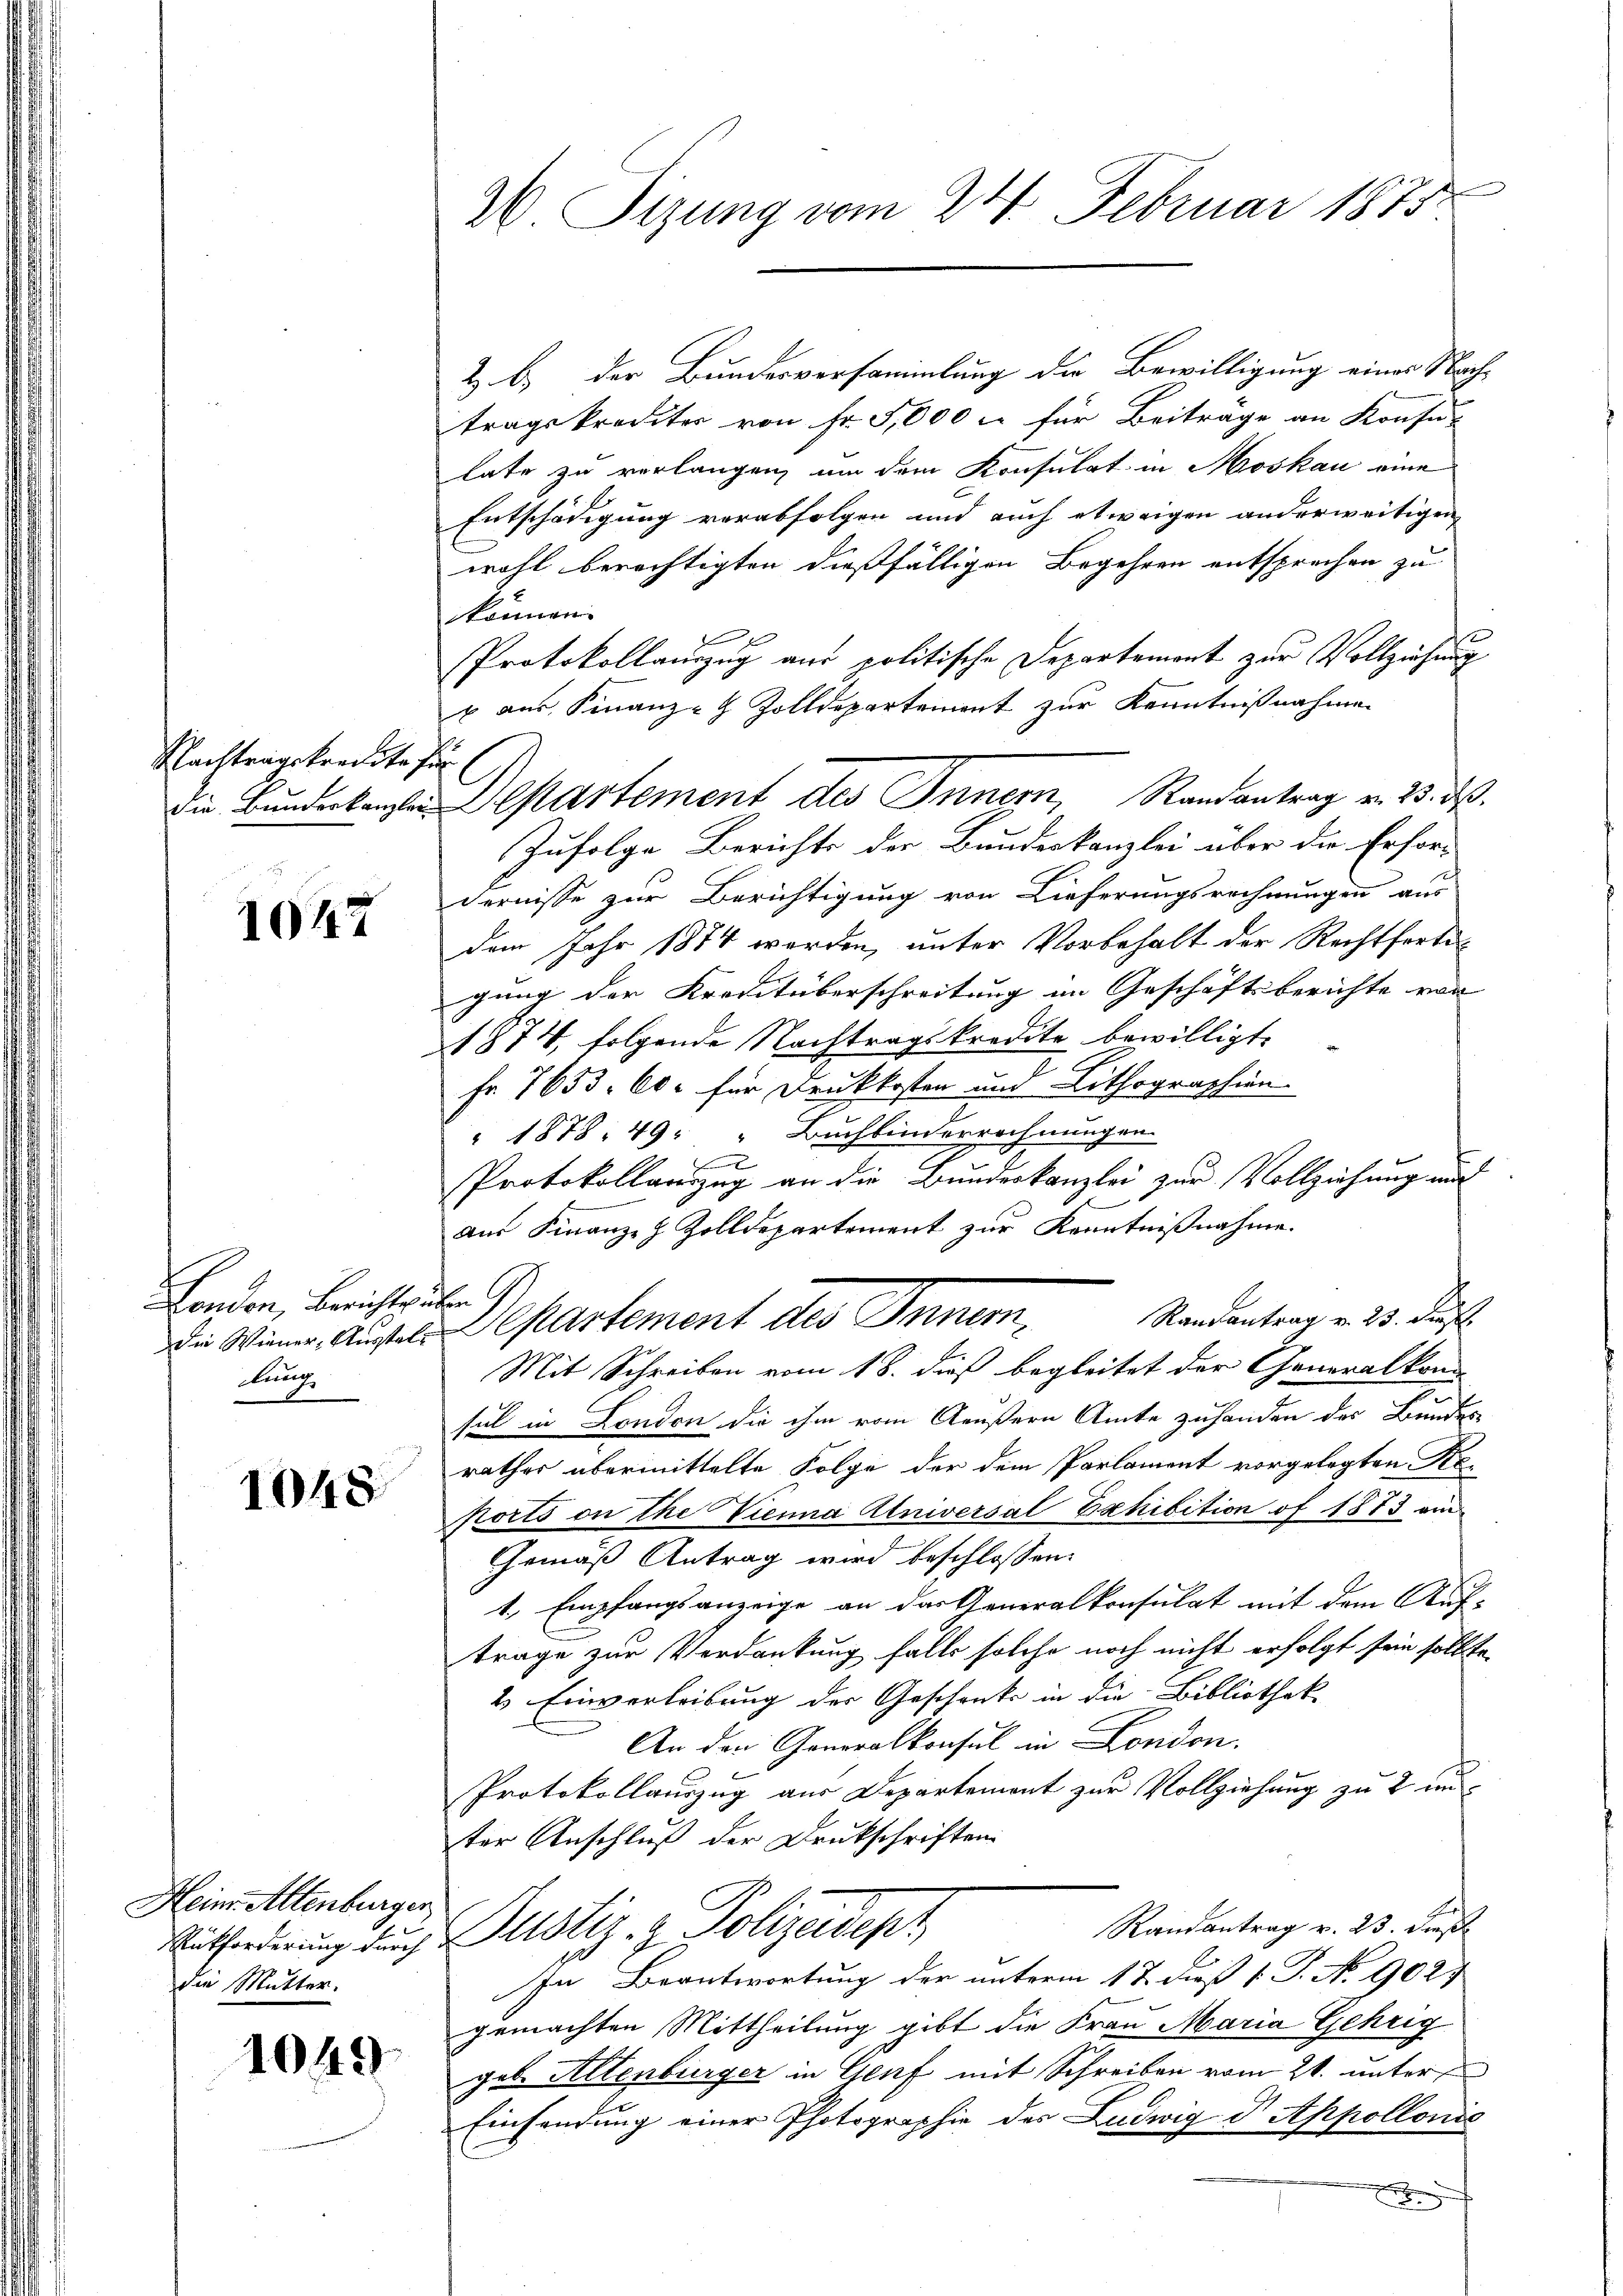
Nachtragskredite für

1047

London, Berichtsüben G
lung

1048

Heine Altenburger
die Mutter.

1049.

2. Sizung vom 24. Februar 1875.

Z b.) der Bundesversammlung die Bewilligung einer Nach-
tragskreditor von Fr. 5,000 c. für Beitrage an Konsu
late zu verlangen, um dem Konsulat in Moskau eine
Entschädigung verabfolgen und auch etwaigen anderweitigen,
wohl berechtigten dießfälligen Begehren entsprechen zu
können.
Protokollauszug aus politische Departement zur Vollziehung
b aus Finanz-G Zolldepartement zur Kenntnißnahmen
Zufolge Berichte der Bundeskanzlei über die Erfor-
dernisse zur Berichtigung von Lieferungsrechnungen aus
dem Jahr 1874 werden, unter Vorbehalt der Rechtferti-
gung der Kreutüberschreitung im Geschäftsberichte von |
1874, folgende Nachtragskredite bewilligt.
fr 7653. 60. für Druckkosten und Lithographien
" 1878, 49 " Buchbinderrechnungen
f
Protokollanzug an die Bundeskanzlei zur Vollziehung mit
aus Finanz-H Zolldepartement zur Kenntnißnahme.
Randantrag v. 23. dies
die Wiener, Aussel partement des Innern,
Mit Schreiben vom 18. dieß begleitet der Generalkom-
sul in London die ihm vom Aeußern Amte zuhanden der Bundes-
rathes übermittelte Folge der dem Parlament vorgelegten Reorts on the Vienna Universal Exhibition of 1873 au
Gemäß Antrag wird beschlossen:
1., Empfangsanzeige an das Generalkonsulat mit dem Auf-
trage zur Verdankung falls solche noch nicht erfolgt sein sollte,
2. Einverleibung der Geschenke in die Bibliothek
An den Generalkonsul in London.
Protokollauszug aus Departement zur Vollziehung zu 2 un
ter Anschluß der Drukschriften
Randantrag v. 23. Dies
Mitforderung durch Zustiz- & Polizeidep
In Beantwortung der unterm 17. dieß 1 S. No 9027
gemachten Mittheilung gibt die Frau Maria Gehrig
geb. Altenburger in Genf mit Schreiben vom 21. unter
Einsendung einer Photographie des Ludwig d Appollonis
E

die Bundeskanzlei Departement des Innern, Randantrag v. 23. ds.